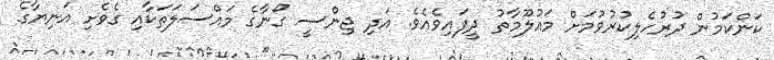
ކަންކަމުން ދުރުހެލިކުރުވުމަށް މައުލޫމާތު ދީފައިވެއެވެ. އަދި ޖިންސީ ގޯނާގެ މައްސަލަތަކާއި ގެވެށި އަނިޔާގެ